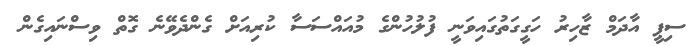
ސިޕީ އާދަމް ޒާހިރު ހަގީގަތުގައިވަނީ ފުލުހުންގެ މުއައްސަސާ ކުރިއަށް ގެންދެވޭނެ ގޮތް ވިސްނައިގެން